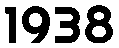
1938